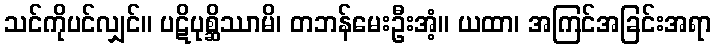
သင်ကိုပင်လျှင်။ ပဋိပုစ္ဆိဿာမိ၊ တဘန်မေးဦးအံ့။ ယထာ၊ အကြင်အခြင်းအရာ